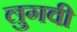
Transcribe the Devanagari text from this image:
लुगवी